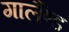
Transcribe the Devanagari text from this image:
गार्लैण्ड